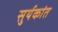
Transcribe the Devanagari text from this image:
सुर्यकांत